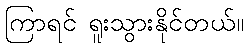
ကြာရင် ရူးသွားနိုင်တယ်။